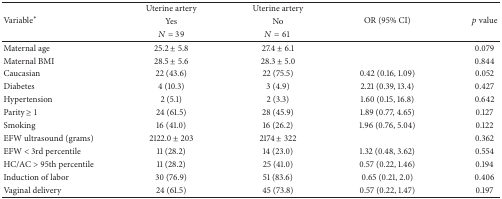
| <ROWSPAN=3> Variable∗ | Uterine artery | Uterine artery | <ROWSPAN=3> OR (95% CI) | <ROWSPAN=3> p value |
 | Yes | No |
 | N = 39 | N = 61 |
 | --- | --- | --- | --- | --- |
 | Maternal age | 25.2 ± 5.8 | 27.4 ± 6.1 |  | 0.079 |
 | Maternal BMI | 28.5 ± 5.6 | 28.3 ± 5.0 |  | 0.844 |
 | Caucasian | 22 (43.6) | 22 (75.5) | 0.42 (0.16, 1.09) | 0.052 |
 | Diabetes | 4 (10.3) | 3 (4.9) | 2.21 (0.39, 13.4) | 0.427 |
 | Hypertension | 2 (5.1) | 2 (3.3) | 1.60 (0.15, 16.8) | 0.642 |
 | Parity ≥ 1 | 24 (61.5) | 28 (45.9) | 1.89 (0.77, 4.65) | 0.127 |
 | Smoking | 16 (41.0) | 16 (26.2) | 1.96 (0.76, 5.04) | 0.122 |
 | EFW ultrasound (grams) | 2122.0 ± 203 | 2174 ± 322 |  | 0.362 |
 | EFW < 3rd percentile | 11 (28.2) | 14 (23.0) | 1.32 (0.48, 3.62) | 0.554 |
 | HC/AC > 95th percentile | 11 (28.2) | 25 (41.0) | 0.57 (0.22, 1.46) | 0.194 |
 | Induction of labor | 30 (76.9) | 51 (83.6) | 0.65 (0.21, 2.0) | 0.406 |
 | Vaginal delivery | 24 (61.5) | 45 (73.8) | 0.57 (0.22, 1.47) | 0.197 |